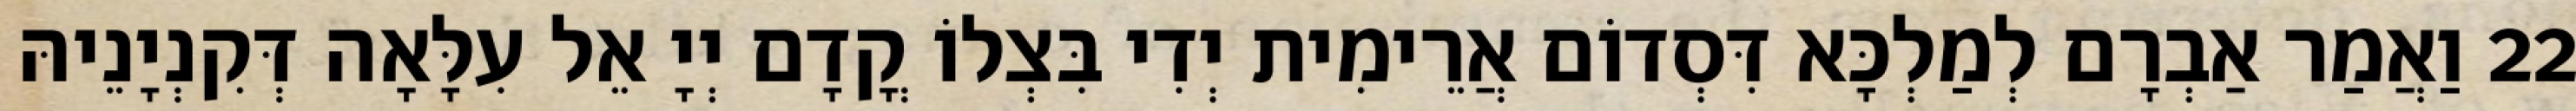
22 וַאֲמַר אַבְרָם לְמַלְכָּא דִּסְדוֹם אֲרֵימִית יְדִי בִּצְלוֹ קֳדָם יְיָ אֵל עִלָּאָה דְּקִנְיָנֵיהּ